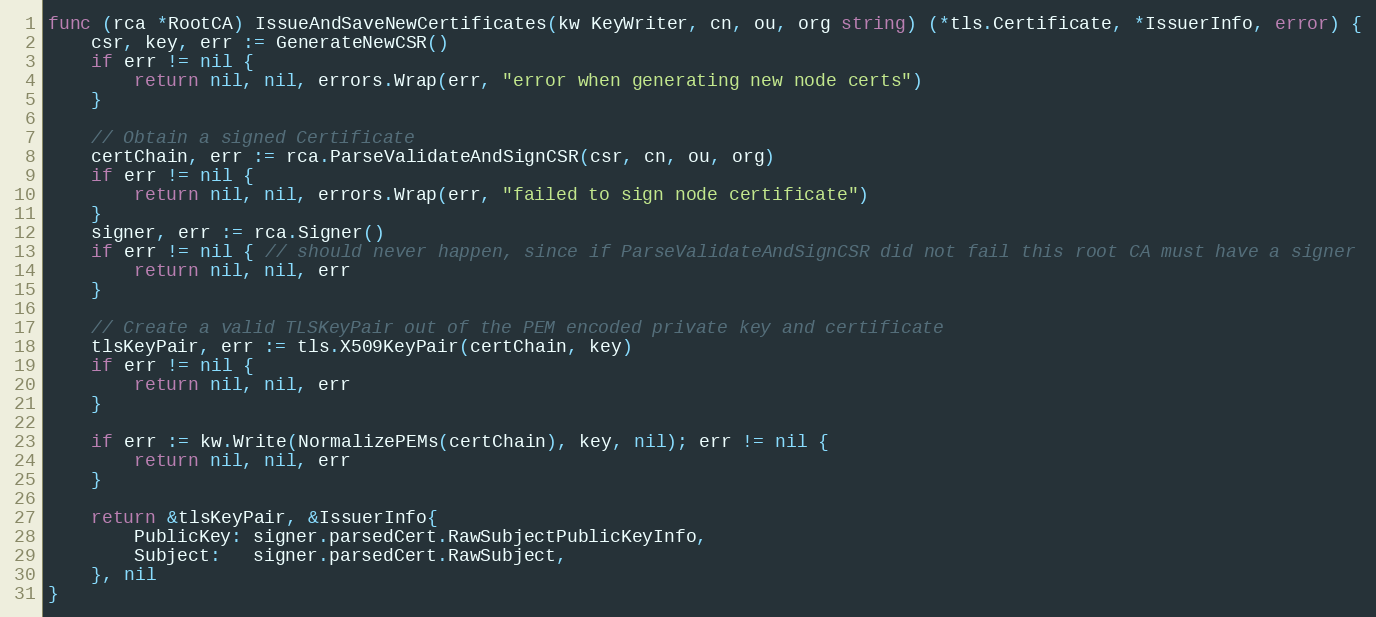
Language: Go
func (rca *RootCA) IssueAndSaveNewCertificates(kw KeyWriter, cn, ou, org string) (*tls.Certificate, *IssuerInfo, error) {
	csr, key, err := GenerateNewCSR()
	if err != nil {
		return nil, nil, errors.Wrap(err, "error when generating new node certs")
	}

	// Obtain a signed Certificate
	certChain, err := rca.ParseValidateAndSignCSR(csr, cn, ou, org)
	if err != nil {
		return nil, nil, errors.Wrap(err, "failed to sign node certificate")
	}
	signer, err := rca.Signer()
	if err != nil { // should never happen, since if ParseValidateAndSignCSR did not fail this root CA must have a signer
		return nil, nil, err
	}

	// Create a valid TLSKeyPair out of the PEM encoded private key and certificate
	tlsKeyPair, err := tls.X509KeyPair(certChain, key)
	if err != nil {
		return nil, nil, err
	}

	if err := kw.Write(NormalizePEMs(certChain), key, nil); err != nil {
		return nil, nil, err
	}

	return &tlsKeyPair, &IssuerInfo{
		PublicKey: signer.parsedCert.RawSubjectPublicKeyInfo,
		Subject:   signer.parsedCert.RawSubject,
	}, nil
}